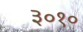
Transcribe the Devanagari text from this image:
३०१०